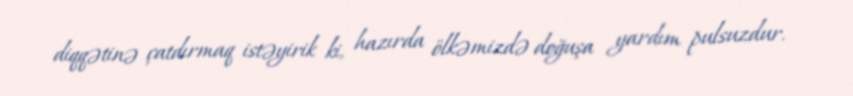
diqqətinə çatdırmaq istəyirik ki, hazırda ölkəmizdə doğuşa yardım pulsuzdur.